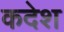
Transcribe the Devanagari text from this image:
कदेश